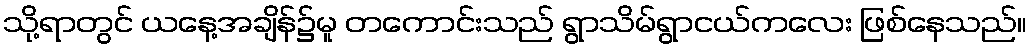
သို့ရာတွင် ယနေ့အချိန်၌မူ တကောင်းသည် ရွာသိမ်ရွာငယ်ကလေး ဖြစ်နေသည်။